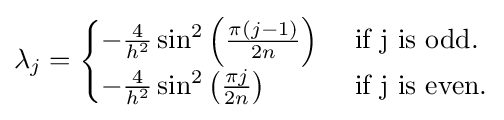
\lambda _{j}={\begin{cases}-{\frac {4}{h^{2}}}\sin ^{2}\left({\frac {\pi (j-1)}{2n}}\right)&{\mbox{ if j is odd.}}\\-{\frac {4}{h^{2}}}\sin ^{2}\left({\frac {\pi j}{2n}}\right)&{\mbox{ if j is even.}}\end{cases}}